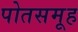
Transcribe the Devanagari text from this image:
पोतसमूह